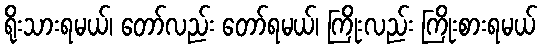
ရိုးသားရမယ်၊ တော်လည်း တော်ရမယ်၊ ကြိုးလည်း ကြိုးစားရမယ်